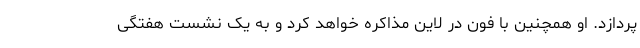
پردازد. او همچنین با فون در لاین مذاکره خواهد کرد و به یک نشست هفتگی